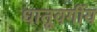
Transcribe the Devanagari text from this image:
धातूवर्गीय